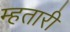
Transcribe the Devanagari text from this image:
म्हतारी